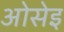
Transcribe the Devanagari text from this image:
ओसेइ